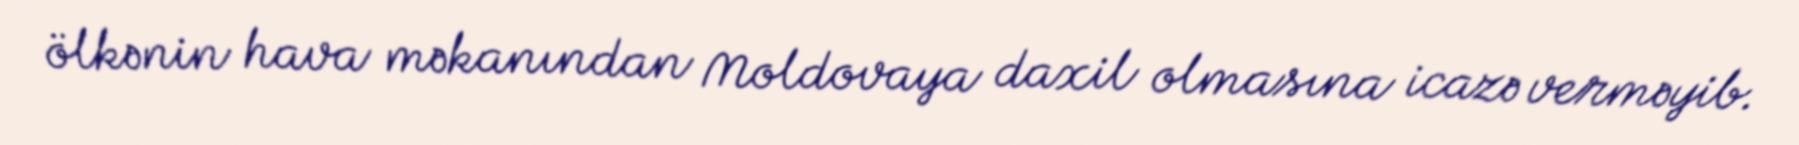
ölkənin hava məkanından Moldovaya daxil olmasına icazə verməyib.